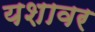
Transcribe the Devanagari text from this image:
यशावर